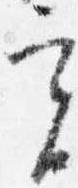
実